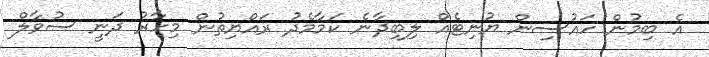
އެ ބިމުން ހައުސިން ޔުނިޓެއް ލިބިދާނެ ކަމާމެދު ރައްޔިތުން މިހާރު ދަނީ ސުވާލް